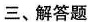
三、解答题